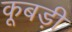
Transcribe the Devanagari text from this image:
कूबड़ी